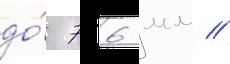
до́ 76 мм //